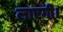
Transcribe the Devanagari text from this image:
लाएगी।